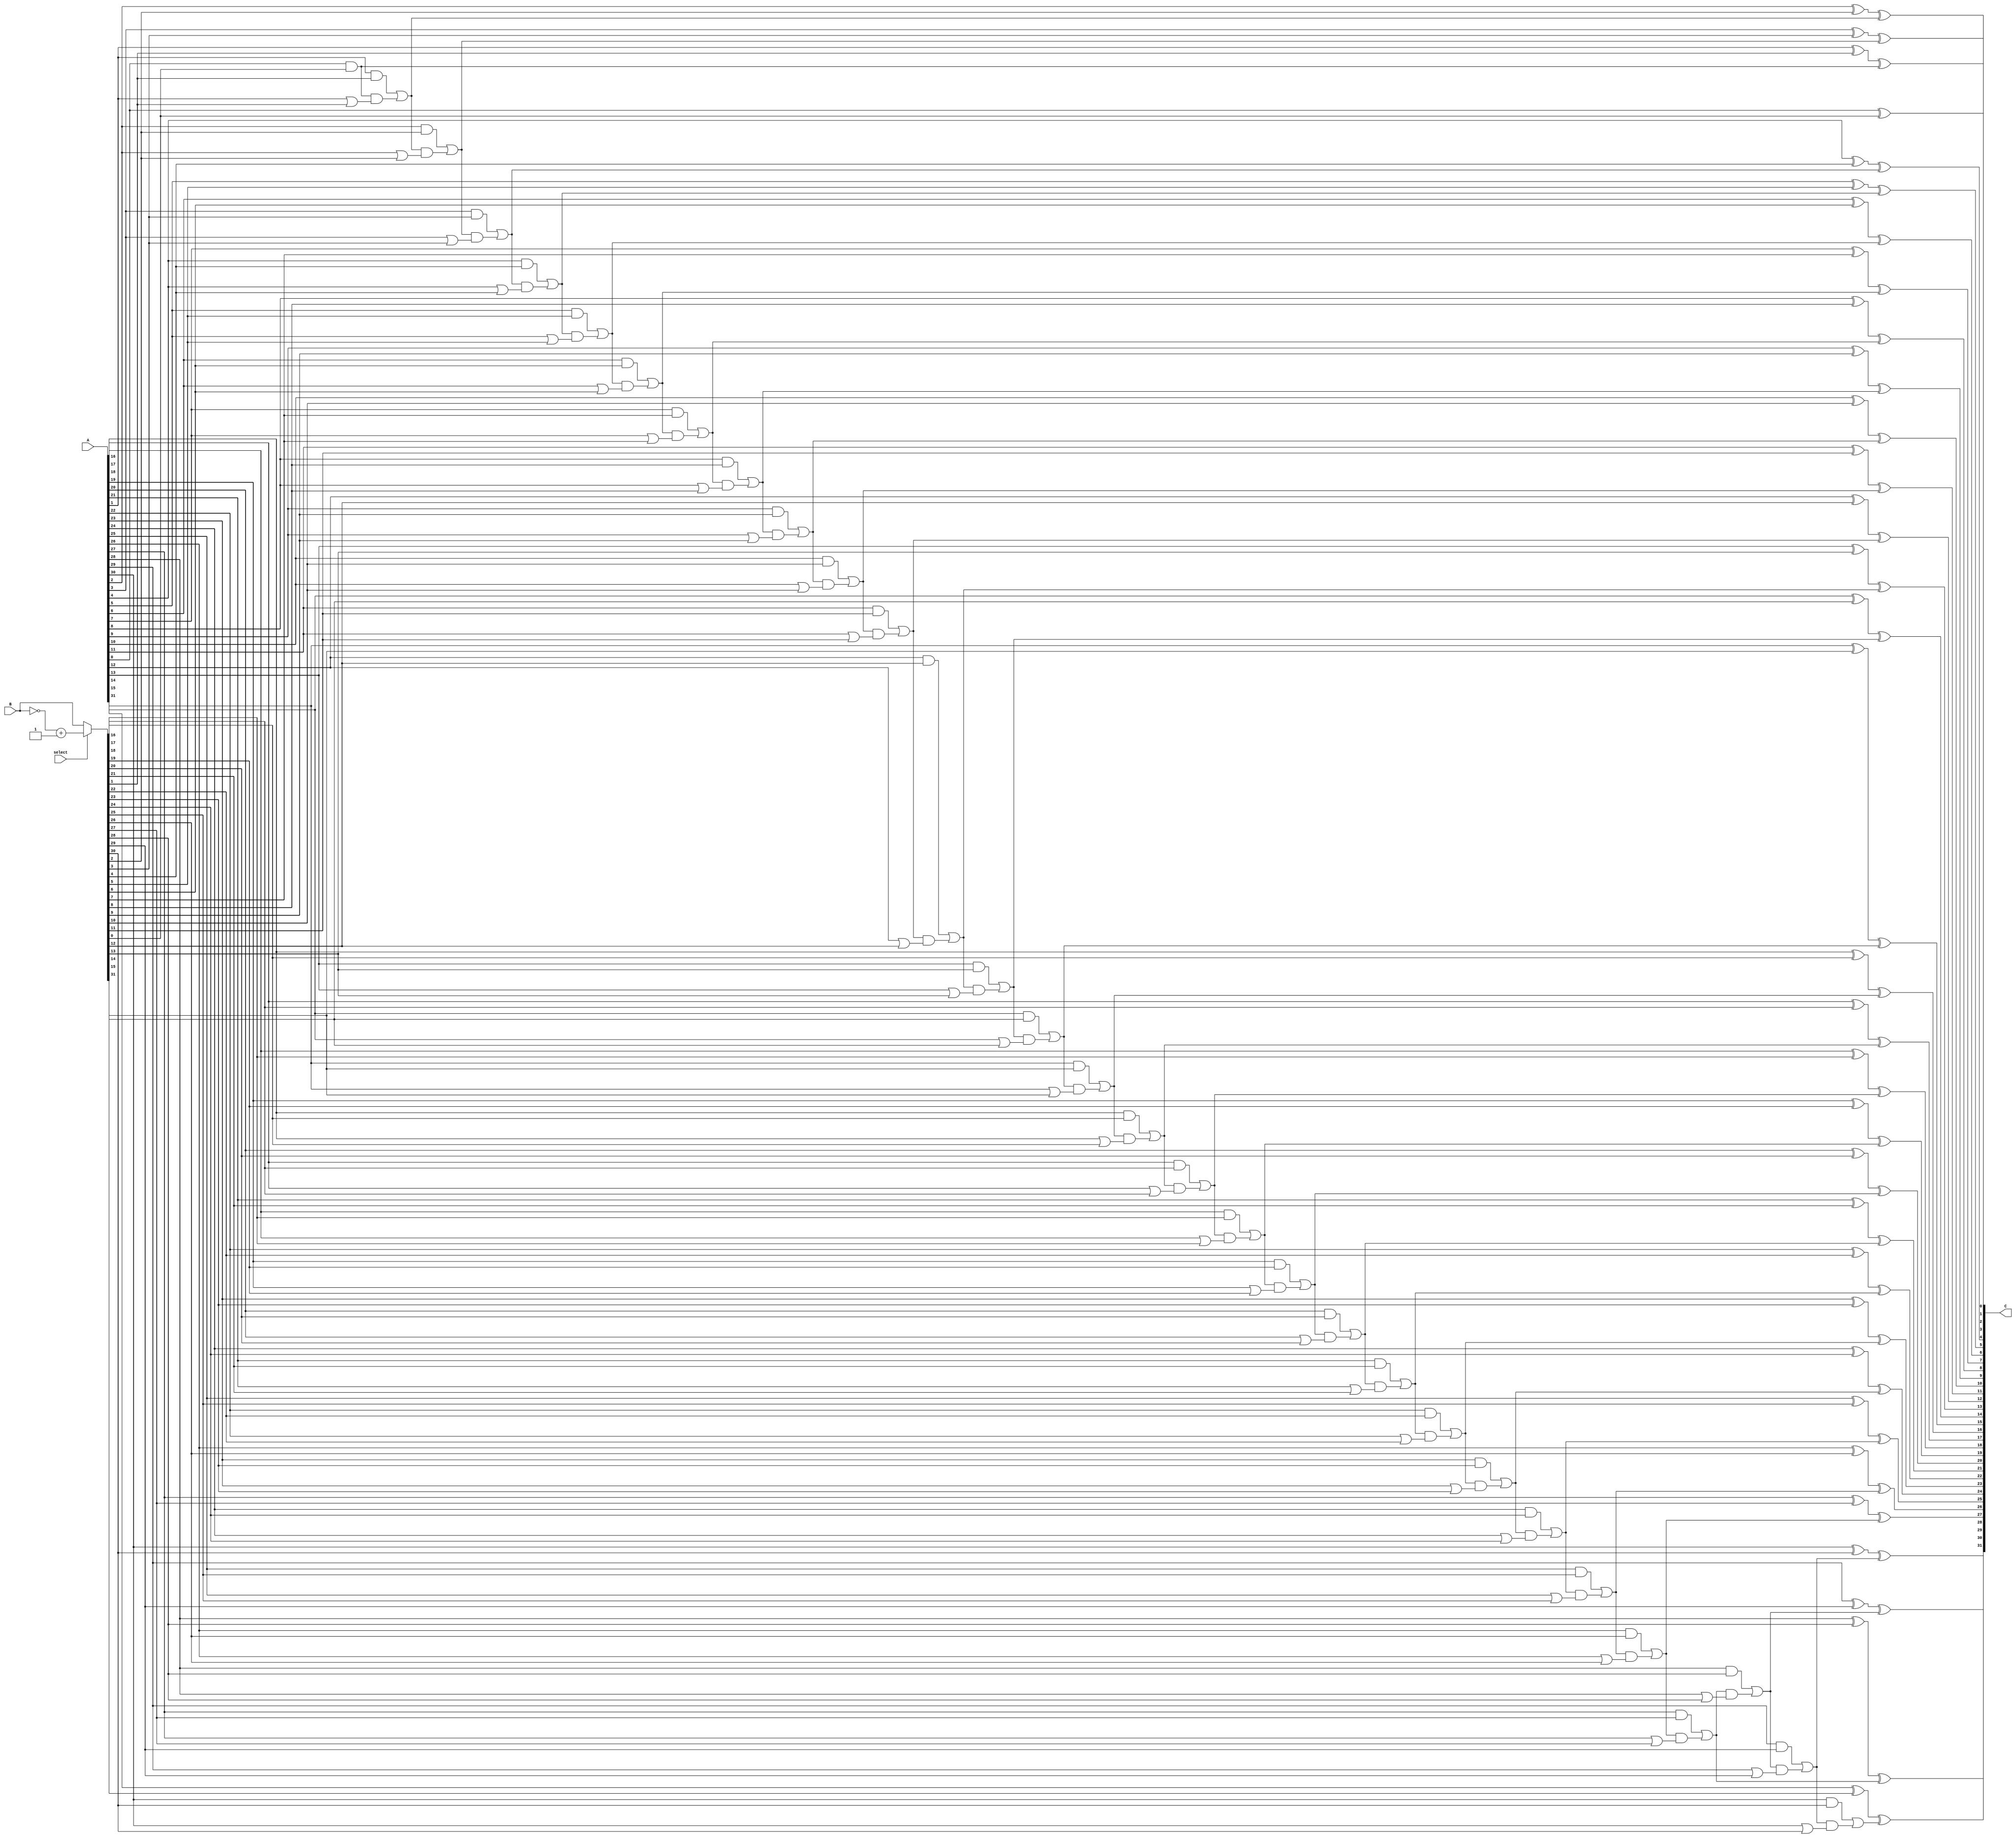
//Ripple carry adder and subtractor
`timescale 1ns/10ps
module adder(A, B, C, select);
input [31:0] A, B;
input wire select; //select add or subtract
output reg [31:0] C;
reg [32:0] localCarry;
reg [31:0] temp;
integer i;
always@(A or B or select)
	begin
	
	if (select == 1) begin
		temp = ~B + 1'b1; //2's compliment
	end else begin
		temp = B;
	end
		localCarry = 33'd0;
		for(i=0; i<32; i = i +1)
		begin
			C[i] = A[i]^temp[i]^localCarry[i];
			localCarry[i+1] = (A[i]&temp[i])|(localCarry[i]&(A[i]|temp[i]));
		end
	end
endmodule